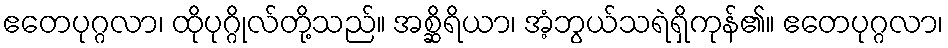
ဧတေပုဂ္ဂလာ၊ ထိုပုဂ္ဂိုလ်တို့သည်။ အစ္ဆိရိယာ၊ အံ့ဘွယ်သရဲရှိကုန်၏။ ဧတေပုဂ္ဂလာ၊